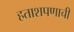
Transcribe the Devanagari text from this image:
हताशपणाची